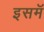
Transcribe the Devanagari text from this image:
इसमॅ